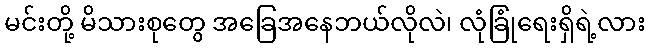
မင်းတို့ မိသားစုတွေ အခြေအနေဘယ်လိုလဲ၊ လုံခြုံရေးရှိရဲ့လား